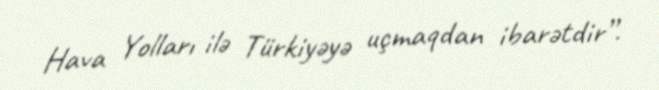
Hava Yolları ilə Türkiyəyə uçmaqdan ibarətdir”.